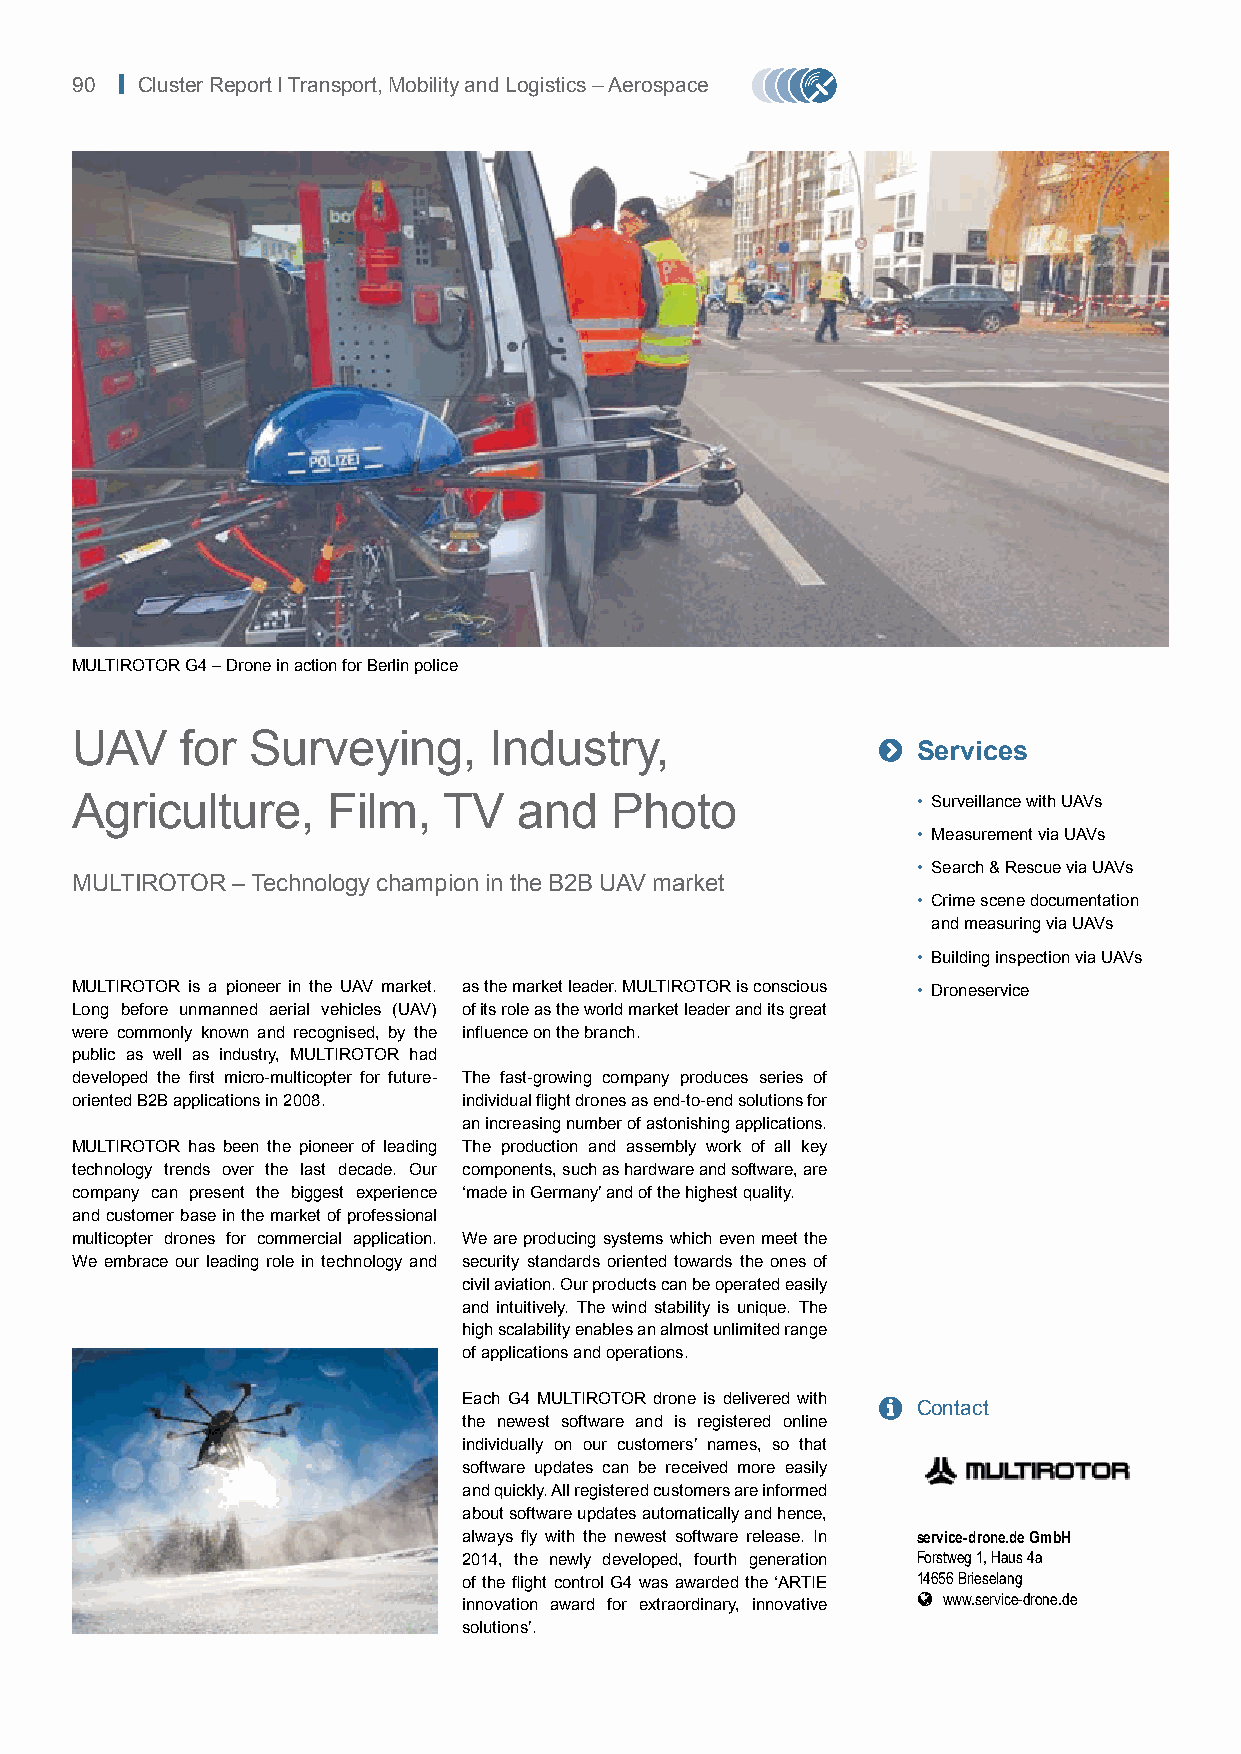
90 | Cluster Report I Transport, Mobility and Logistics – Aerospace
 MULTIROTOR G4 – Drone in action for Berlin police
 UAV    for  Surveying,     Industry,                 
 Services
 Agriculture,     Film,  TV   and   Photo                • Surveillance with UAVs
 • Measurement via UAVs
 • Search & Rescue via UAVs
 MULTIROTOR – Technology champion in the B2B UAV market
 • Crime scene documentation
 and measuring via UAVs
 • Building inspection via UAVs
 MULTIROTOR is a pioneer in the UAV market. as the market leader. MULTIROTOR is conscious • Droneservice
 Long before unmanned aerial vehicles (UAV) of its role as the world market leader and its great
 were commonly known and recognised, by the influence on the branch.
 public as well as industry, MULTIROTOR had
 developed the first micro-multicopter for future- The fast-growing company produces series of
 oriented B2B applications in 2008. individual flight drones as end-to-end solutions for
 an increasing number of astonishing applications.
 MULTIROTOR has been the pioneer of leading The production and assembly work of all key
 technology trends over the last decade. Our components, such as hardware and software, are
 company can present the biggest experience ‘made in Germany’ and of the highest quality.
 and customer base in the market of professional
 multicopter drones for commercial application. We are producing systems which even meet the
 We embrace our leading role in technology and security standards oriented towards the ones of
 civil aviation. Our products can be operated easily
 and intuitively. The wind stability is unique. The
 high scalability enables an almost unlimited range
 of applications and operations.
 Each G4 MULTIROTOR drone is delivered with  Contact
 the newest software and is registered online
 individually on our customers’ names, so that
 software updates can be received more easily
 and quickly. All registered customers are informed
 about software updates automatically and hence,
 always fly with the newest software release. In service-drone.de GmbH
 2014, the newly developed, fourth generation Forstweg 1, Haus 4a
 of the flight control G4 was awarded the ‘ARTIE 14656 Brieselang
  www.service-drone.de
 innovation award for extraordinary, innovative
 solutions’.